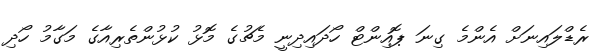
ރެޑްލައިނަށް އެންމެ ގިނަ ޕޮއިންޓް ހޯދައިދިނީ މެޗުގެ މޮޅު ކުޅުންތެރިއާގެ މަގާމު ހޯދި